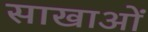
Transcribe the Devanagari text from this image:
साखाओं